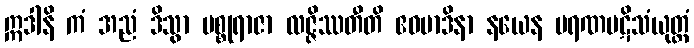
ဣဒါနိ ကံ အညံ ဒိသွာ မစ္စုရာဇာ လဇ္ဇိဿတီတိ ဧဝမာဒိနာ နယေန မရဏပဋိသံယုတ္တံ